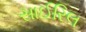
સાઈરિલ